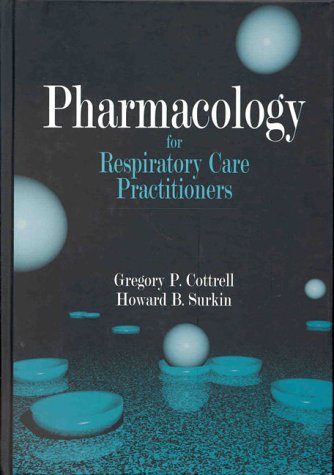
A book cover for Pharmacology for Respiratory Care Practitioners; Gregory P. Cottrell; Medical Books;